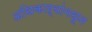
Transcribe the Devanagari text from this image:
अधिकाऱ्यांमधून